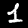
Label: 1